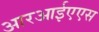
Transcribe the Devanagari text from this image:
आरआईएएस